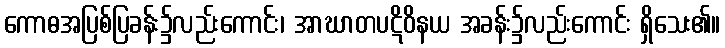
ကောဓအပြစ်ပြခန်း၌လည်းကောင်း၊ အာဃာတပဋိဝိနယ အခန်း၌လည်းကောင်း ရှိသေး၏။